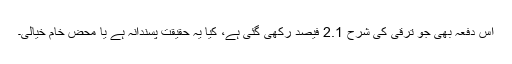
اس دفعہ بھی جو ترقی کی شرح 2.1 فیصد رکھی گئی ہے، کیا یہ حقیقت پسندانہ ہے یا محض خام خیالی۔